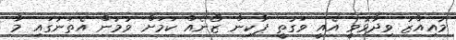
މުއިއްޒު ވިދާޅުވީ އެއީ ވަގުތީ ޕާކިން ޒޯނެއް ކަމަށް ވުމުން އެތަނުގައި މާ